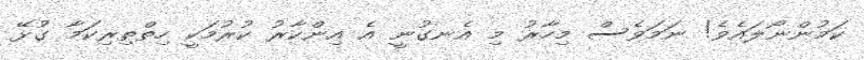
ކަމުންނޯލައެވެ! ނަމަވެސް މިހާރު މި އެނގުނީ އެ އިންކާރު ކުރުމަކީ ހިތްތިރިކަމާ ގުޅޭ